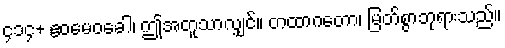
၄၁၄+ ဧဝမေဝခေါ၊ ဤအတူသာလျှင်။ တထာဂတော၊ မြတ်စွာဘုရားသည်။